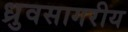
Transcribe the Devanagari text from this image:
ध्रुवसागरीय